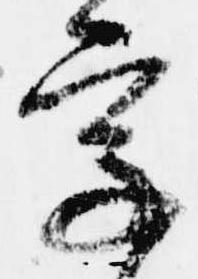
字